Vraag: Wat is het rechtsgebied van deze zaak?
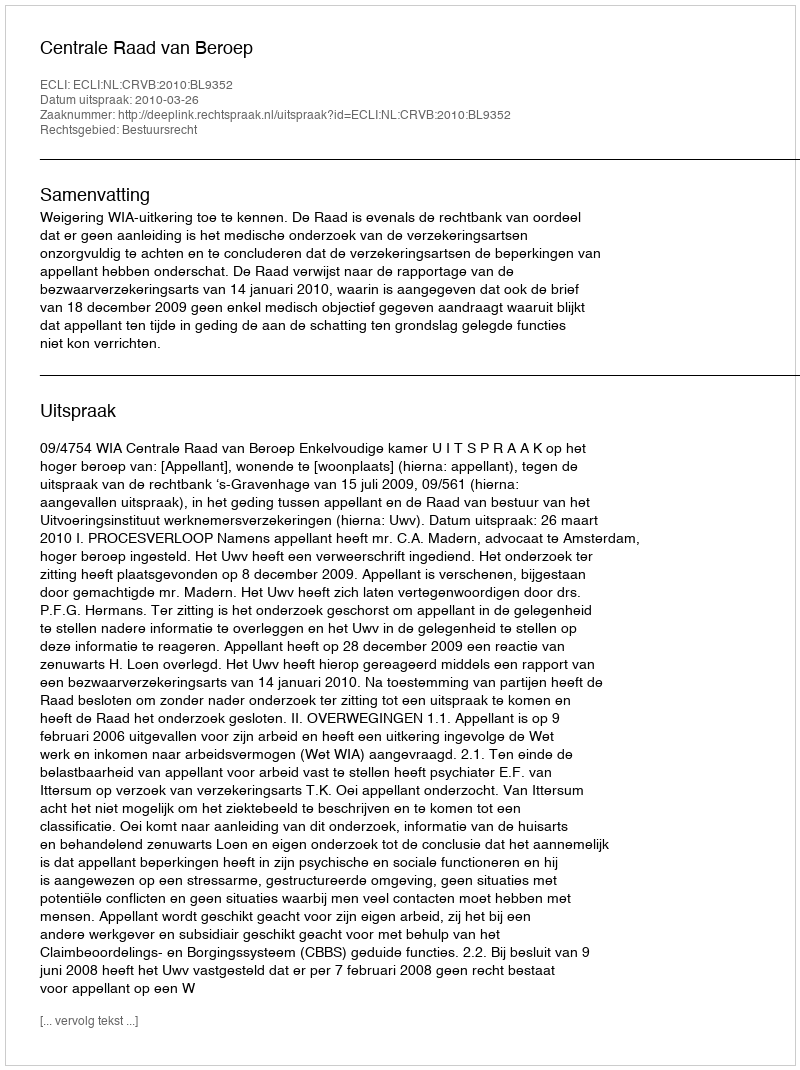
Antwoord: Bestuursrecht